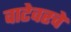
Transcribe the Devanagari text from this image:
वाटेवरचे